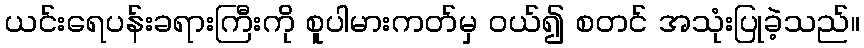
ယင်းရေပန်းခရားကြီးကို စူပါမားကတ်မှ ဝယ်၍ စတင် အသုံးပြုခဲ့သည်။